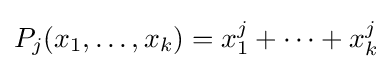
P_{j}(x_{1},\dots ,x_{k})=x_{1}^{j}+\dots +x_{k}^{j}